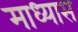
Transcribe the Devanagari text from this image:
माध्यास